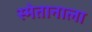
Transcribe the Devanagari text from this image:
स्मेतानाला